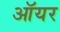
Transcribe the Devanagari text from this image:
ऑयर